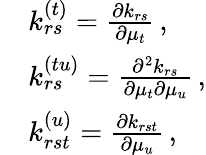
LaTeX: \begin{array}{rl}&{k_{rs}^{(t)}=\frac{\partial k_{rs}}{\partial\mu_{t}}\, ,}\\ &{k_{rs}^{(tu)}=\frac{\partial^{2}k_{rs}}{\partial\mu_{t}\partial\mu_{u}}\, ,}\\ &{k_{rst}^{(u)}=\frac{\partial k_{rst}}{\partial\mu_{u}}\, ,}\end{array}